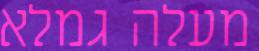
מעלה גמלא